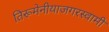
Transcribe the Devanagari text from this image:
तिरूमेनीयाजगरस्वामी